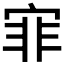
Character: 𡨰